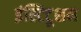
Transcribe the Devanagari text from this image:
इंस्टिटूशन